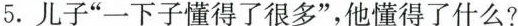
5.儿子”一下子懂得了很多”，他懂得了什么?